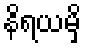
နိရယမှိ